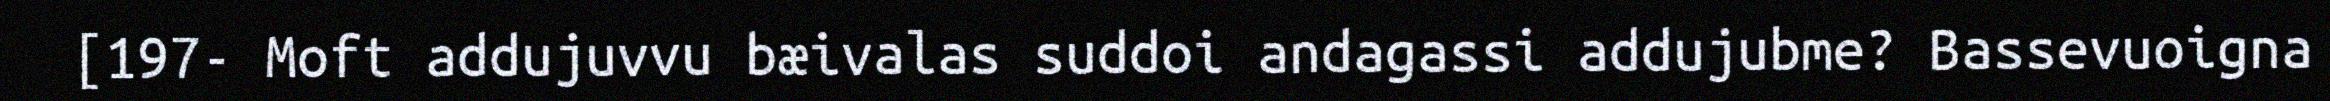
[197- Moft addujuvvu bæivalas suddoi andagassi addujubme? Bassevuoigna